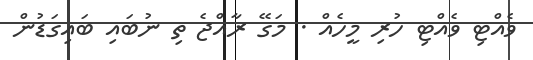
ވެއްޓި ވެއްޓި ހުރި މީހެއް . މަގޭ ރާއްޖެ ތި ނުބައި ބައިގަޑުން